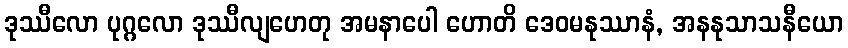
ဒုဿီလော ပုဂ္ဂလော ဒုဿီလျဟေတု အမနာပေါ ဟောတိ ဒေဝမနုဿာနံ, အနနုသာသနီယော